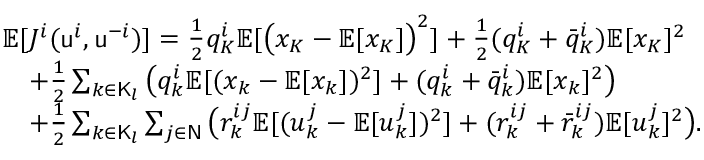
\begin{array} { r l } & { \mathbb { E } [ J ^ { i } ( \mathsf { u } ^ { i } , \mathsf { u } ^ { - i } ) ] = \frac { 1 } { 2 } q _ { K } ^ { i } \mathbb { E } [ \big ( x _ { K } - \mathbb { E } [ x _ { K } ] \big ) ^ { 2 } ] + \frac { 1 } { 2 } ( q _ { K } ^ { i } + \bar { q } _ { K } ^ { i } ) \mathbb { E } [ x _ { K } ] ^ { 2 } } \\ & { \quad + \frac { 1 } { 2 } \sum _ { k \in \mathsf { K } _ { l } } \big ( q _ { k } ^ { i } \mathbb { E } [ ( x _ { k } - \mathbb { E } [ x _ { k } ] ) ^ { 2 } ] + ( q _ { k } ^ { i } + \bar { q } _ { k } ^ { i } ) \mathbb { E } [ x _ { k } ] ^ { 2 } \big ) } \\ & { \quad + \frac { 1 } { 2 } \sum _ { k \in \mathsf { K } _ { l } } \sum _ { j \in \mathsf { N } } \big ( r _ { k } ^ { i j } \mathbb { E } [ ( u _ { k } ^ { j } - \mathbb { E } [ u _ { k } ^ { j } ] ) ^ { 2 } ] + ( r _ { k } ^ { i j } + \bar { r } _ { k } ^ { i j } ) \mathbb { E } [ u _ { k } ^ { j } ] ^ { 2 } \big ) . } \end{array}